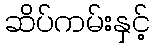
ဆိပ်ကမ်းနှင့်